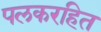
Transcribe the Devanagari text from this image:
पलकरहित